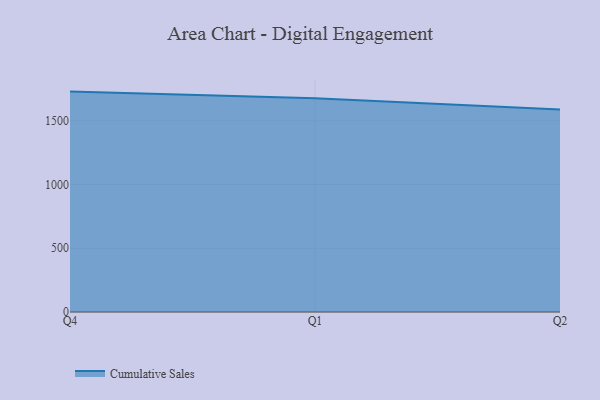
{"axis": {"x": "Quarter", "y": "Conversion Rate (%)"}, "legend": ["Cumulative Sales"], "data": [{"x": "Q4", "y": 1728.5, "type": "Cumulative Sales"}, {"x": "Q1", "y": 1677.3, "type": "Cumulative Sales"}, {"x": "Q2", "y": 1587.4, "type": "Cumulative Sales"}]}